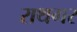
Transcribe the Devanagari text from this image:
राथगर